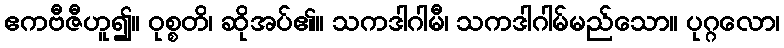
ဧကဗီဇီဟူ၍။ ဝုစ္စတိ၊ ဆိုအပ်၏။ သကဒါဂါမီ၊ သကဒါဂါမ်မည်သော။ ပုဂ္ဂလော၊